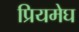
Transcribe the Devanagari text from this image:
प्रियमेघ